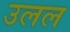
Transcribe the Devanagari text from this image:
उलल